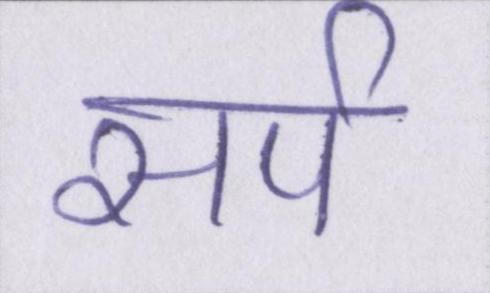
सर्प